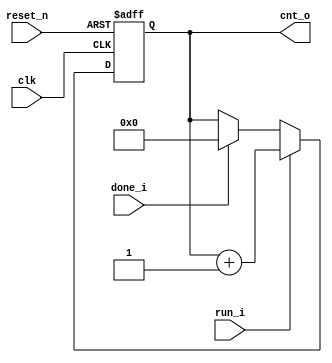
module counter #(
    parameter AWIDTH = 8   //  256
    )
    (
    
    input clk,
    input reset_n,        // 
    input run_i,     // count 
    input done_i,    // count 

    output [AWIDTH - 1 : 0] cnt_o  // 
    );
    
    // Local param
    
    // declare reg type variable(cnt -> flipflop, cnt_n -> comb)
    reg [AWIDTH - 1 : 0] cnt, cnt_n;
    // 1. counter seq logic
    always @(posedge clk, negedge reset_n) begin
        if (!reset_n) begin
            cnt <= {(AWIDTH){1'b0}};
        end else begin
            cnt <= cnt_n;
        end
    end
    
    // 2. counter comb logic
    always @(*) begin
        cnt_n = cnt;    // prevent latch
        if (run_i) begin
            cnt_n = cnt + 'd1;
        end else if (done_i) begin
            cnt_n = {(AWIDTH){1'b0}};
        end
    end

    assign cnt_o = cnt;
    
endmodule